Vital statistics of India. Vol. V, Reports of 1876 on armies & jails and on epidemic cholera
Year: 1876
Disease focus: Cholera
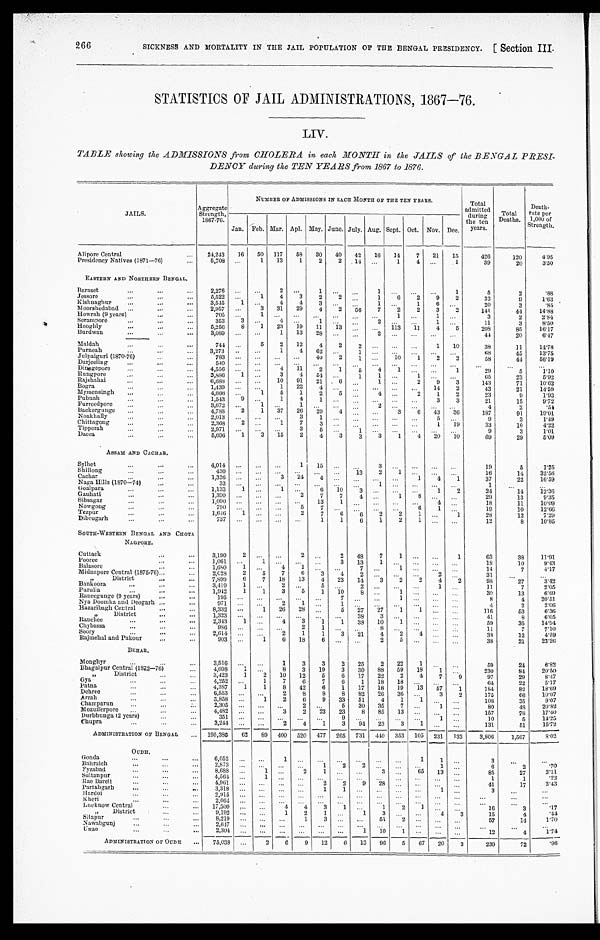
266
SICKNESS AND MORTALITY IN THE JAIL POPULATION OF THE BENGAL PRESIDENCY.
[Section III.
STATISTICS OF JAIL ADMINISTRATIONS, 1867—76.
LIV.
TABLE showing the ADMISSIONS from CHOLERA in each MONTH in the JAILS of the BENGAL PRESI
-DENCY during the TEN YEARS from 1867 to 1876.
JAILS.
Aggregate
Strength,
1867. 76.
NUMBER OF ADMISSIONS IN EACH MONTH OF THE TEN YEARS.
Total
admitted
during
the ten
years. Total
Deaths.
Death-
rate per
1,000 of
Strength.
Jan. Feb. Mar. Apl. May. June. July. Aug. Sept. Oct. Nov. Dec.
Alipore Central
24,243 16 50 117 58 30 40 42 16 14
7 21 15
426
120
4 . 9 5
Presidency Natives (1871—76)
5,708
1 13
1
2
2 14
1
4
1
39
20
3 . 5 0
EASTERN AND NORTHERN BENGAL.
Baraset
2,276
2
1
1
1
5
2
. 8 8
Jessore
5,522
1
4
3
2
2
1
6
2
9
2
32
9
1 . 6 3
Kishnaghur
3,545
1
4
4
3
1
1
6
20
3
. 8 5
Moorshedabad
2,957
3 31 29
4
2 56
7
2
2
3
2
141
44
1 4 . 8 8
Howrah (9 years)
705
1
1
1
3
2
2 . 8 4
Serampore
353
3
4
1
2
1
11
3
8 . 5 0
H o o g h l y
5,256
8
1 23
1 9 11 13
113 11
4
5
208
85
1 6 . 1 7
Burdwan
3,089
1 13 28
2
44
20
6 . 4 7
Maldah
744
5
2 12
4
2
2
1 10
38
11
1 4 . 7 8
Purneah
3 , 2 7 3
1
4 62
1
68
45
1 3 . 7 5
Julpaiguri (1870-76)
783
40
2 1
10
1
2 2
58
44
5 6 . 1 9
Darjeeling
5 4 0
Dinagepore
4,556
4 11
2
1
5
4
1
1
29
5
1 . 1 0
R u n g p o r e
3,886
1
3
4 54
1
1
1
65
23
5 . 9 2
R a j s h a h a i
6,688
10 91 21
6
1
2
9
3
143
71
1 0 . 6 2
Bogra
1,439
1
2 2
4
14
2
43
21
1 4 . 5 9
Mymensingh
4,666
1
5
1
2
5
4
2
1
2
23
9
1 . 9 3
Pubnah
1,543
9
1
4
1
3
3
21
15
9.72
Furreedpore
3,672
1
1
2
4
2
. 5 4
Backergunge
4,788
2
1 37 26 29
4
3
6 43 36
187
91
1 9 . 0 1
Noakhally
2,013
3
1
5
9
3
1 . 4 9
Chittagong
2,368
2
1
7
3
1 19
33
10
4 . 2 2
Tipperah
2,971
3
5
1
9
3
1 . 0 1
Dacca
5,696
1
3 15
2
4
3
3
3
1
4 20 10
69
29
5 . 0 9
ASSAM AND CACHAR.
Sylhet
4,014
1 15
3
19
5
1 . 2 5
Shillong
430
13
2
1
16
14
3 2 . 5 6
Cachar
1,326
3 24
4
1
4
1
37
22
1 6 . 5 9
Naga Hills (1870—74)
3 3
1
1
Goalpara
1,133
1
1
6
1 0
3
1
2
24
14
1 2 . 3 6
Gauhati
1,390
2
77
4
1
8
29
13
9 . 3 5
Sibsagar
1,090
13
1
4
18
11
1 0 . 0 9
Nowgong
790
5
7
6
1
19
10
1 2 . 6 6
Tezpur
1,646
1
2
7
6
6
2
2
1
1
28
12
7 . 2 9
Dibrugarh
737
1
1
6
1
2
1
12
8
1 0 . 8 5
SOUTH-WESTERN BENGAL AND CHOTA
NAGPORE.
Cuttack
3,190
2
2
2 48
7 1
1
6 3
38
1 1 . 9 1
Pooree
1,061
1
3 13
1
1 8
10
9 . 4 3
Balasore
1,680
1
4 1
7
1
1 4
7
4 . 1 7
Midnapore Central (1875-76)
2,028
2
5
7
6
3
4
2
2
3 1
„ D i s t r i c t
7,899
6
7 18 13
4
23 14
3 2
2 4
2
9 8
27
3 . 4 2
Bankoora
3,419
1
2
5
2
1
1 1
7
2 . 0 5
Purulia
1,942
1
1
3 5
1
10
8
1
3 0
13
6 . 6 9
Raneegunge (9 years)
195
7
1
8 4
2 0 . 5 1
Nya Doomka and Deogarh
971
2 1
1
4 2
2 . 0 6
Hazaribagh Central
8,332
1
26 28
5
27 27 1
1
1 1 6
53
6 . 3 6
„ D i s t r i c t
1 , 3 2 3
3 8
3
4 1
8
6 . 0 5
Ranchee
2,343
1
4 3
1
1
38 10 1
5 9
35
1 4 . 9 4
Chybassa
986
2 1
8
1 1
7
7 . 1 0
Soory
2,614
2 1 1
3
2 1
4 2 4
3 8
1 2
4 . 5 9
Rajmehal and Pakour
903
1 6
18
6
2 5
3 8
21
2 3 . 2 6
BEHAR.
Monghyr
3,516
1 3
3
2
25 2
22 1
5 9
24
6 . 8 2
Bhagalpur Central (1872—76)
4,098
1
8 3
19 3
30 88 59 1 8
1
2 3 0
84
2 0 . 5 0
„ District
3,423
1 2
10 1 2 5 6
17 22 2
4
7 9
9 7
29
8 . 4 7
Gya
4,252
1 7 6
7 6 1
18 18
6 4
22
5 . 1 7
Patna
4,387
1
1
8
42 6 1
17
1 8
19 1 3
57 1
1 8 4
8 2
1 8 . 6 9
Dehree
6,553
2 8
8
8
82 2 6
36
3
2
1 7 5
66
1 0 . 0 7
Arrah
3,858
1 2 6
9
33 51
4 1
1
1 0 8
35
9 . 0 7
Champarun
2,305
2
5
30 3 5
7
1
8 0
48
2 0 . 8 2
M o z u f f e r p o r e
4,482
3 2
23
23
8 85 13
1 5 7
78
1 7 . 4 0
D u r b h u n g a ( 2 y e a r s )
351
9
1
1 0
5
1 4 . 2 5
Chupra
3,244
2 4
1 3 94 23
3
1
1 3 1
51
1 5 . 7 2
ADMINISTRATION OF BENGAL
195,386
6 2
8 9
400 5 2 0 477 265 731 440 353
1 0 5
231 133
3,806
1,567
8 . 0 2
O U D H .
Gonda
6,052
1
1
1
3
Bahraich
2,873
1
2
2
1
6 2
. 7 0
F y z a b a d
8,688
1
2 1
3
6 5 13
8 5
27
3 . 1 1
Sultanpur
4,564
1
1 1
.22
R a e B a r e l i
4,961
2
2
9 28
4 1
17
3 . 4 3
Partabgarh
3,318
1 1
1
3
H a r d o i
2,915
K h e r i
2,064
L u c k n o w C e n t r a l
17,300
4
4 3
1
1
2
1
1 6 3
.17
„ District
9,192
1
2
1
1 3
4
3
1 5 4
. 4 4
Sitapur
8,219
1
3
51 2
5 7 14
1 . 7 0
Nawabgunj
2,647
Unao
2,30 4
1
10 1
1 2 4
1 . 7 4
ADMINISTRATION OF OUDH
75,038
2
6 9
1 2
6
13 96 5
6 7
20 3
2 3 9
72
.96